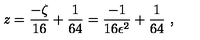
z = \frac { - \zeta } { 1 6 } + \frac { 1 } { 6 4 } = \frac { - 1 } { 1 6 \epsilon ^ { 2 } } + \frac { 1 } { 6 4 } \ ,